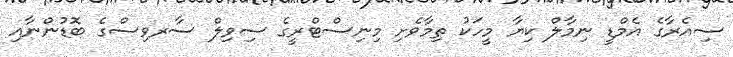
ސިއެރާގެ އެމްޑީ ނިމާލް ކިޔާ މީހަކު ތިމާވެށި މިނިސްޓްރީގެ ސިވިލް ސާރވިސްގެ ބޮޑުންނާއި